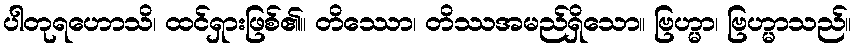
ပါတုရဟောသိ၊ ထင်ရှားဖြစ်၏။ တိဿော၊ တိဿအမည်ရှိသော။ ဗြဟ္မာ၊ ဗြဟ္မာသည်။